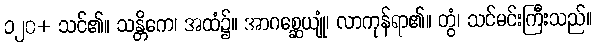
၁၂၀+ သင်၏။ သန္တိကေ၊ အထံ၌။ အာဂစ္ဆေယျုံ၊ လာကုန်ရာ၏။ တွံ၊ သင်မင်းကြီးသည်။